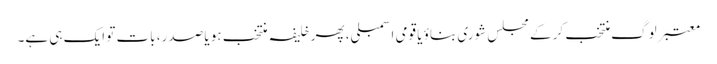
معتبر لوگ منتخب کر کے مجلس شوری بناؤ یا قومی اسمبلی، پھر خلیفہ منتخب ہو یا صدر، بات تو ایک ہی ہے۔